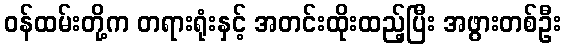
ဝန်ထမ်းတို့က တရားရုံးနှင့် အတင်းထိုးထည့်ပြီး အဖွားတစ်ဦး